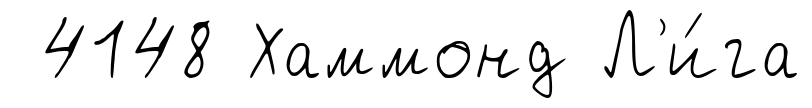
4148 Хаммонд Л'и́га